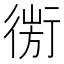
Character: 𢕅